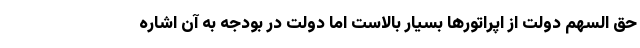
حق السهم دولت از اپراتورها بسیار بالاست اما دولت در بودجه به آن اشاره